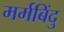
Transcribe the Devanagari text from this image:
मर्मबिंदु